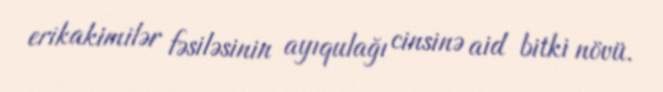
erikakimilər fəsiləsinin ayıqulağı cinsinə aid bitki növü.